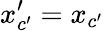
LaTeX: x_{c^{\prime}}^{\prime}=x_{c^{\prime}}